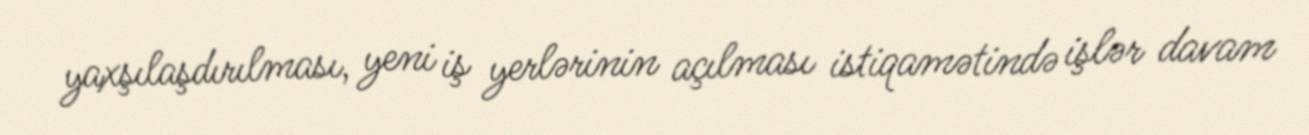
yaxşılaşdırılması, yeni iş yerlərinin açılması istiqamətində işlər davam